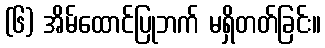
(၆) အိမ်ထောင်ပြုဘက် မရှိတတ်ခြင်း။